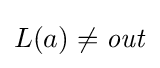
L(a)\neq {\mathit {out}}